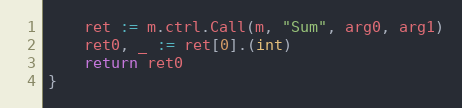
Language: Go
	ret := m.ctrl.Call(m, "Sum", arg0, arg1)
	ret0, _ := ret[0].(int)
	return ret0
}